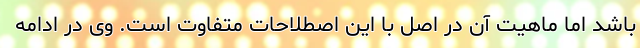
باشد اما ماهیت آن در اصل با این اصطلاحات متفاوت است. وی در ادامه